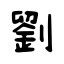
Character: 劉